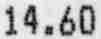
14.60